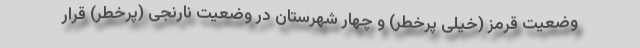
وضعیت قرمز (خیلی پرخطر) و چهار شهرستان در وضعیت نارنجی (پرخطر) قرار